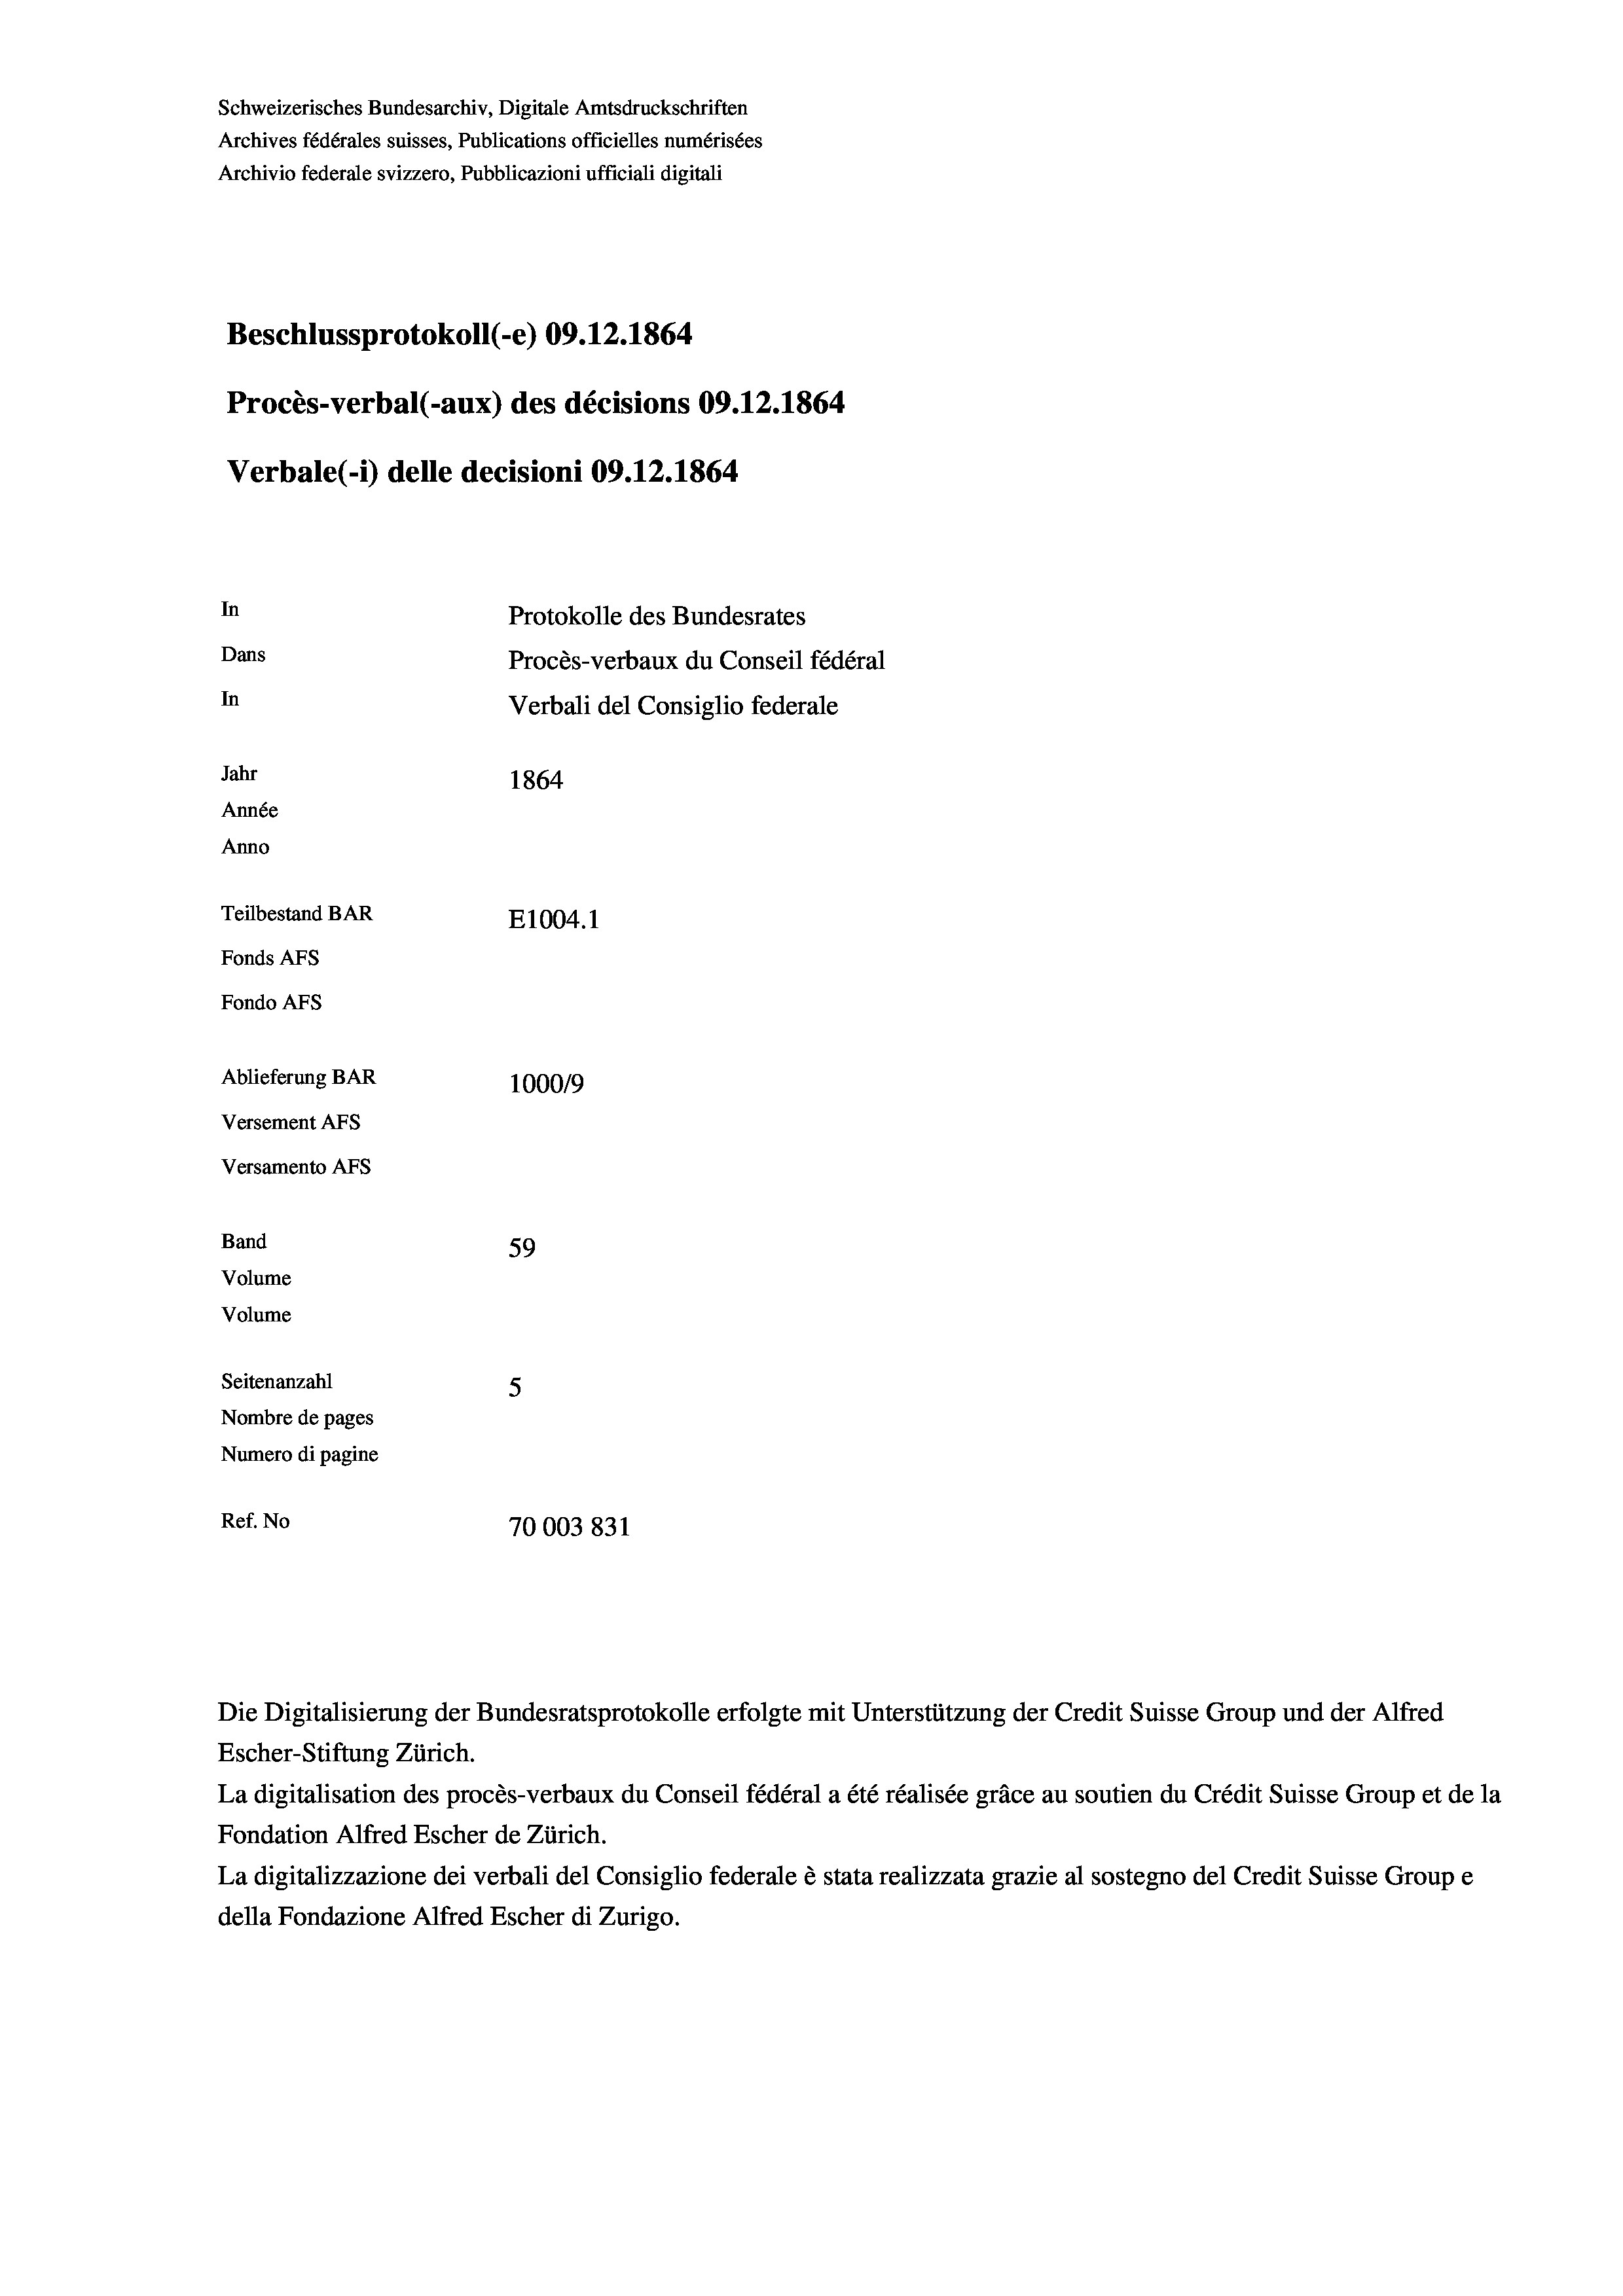
Schweizerisches Bundesarchiv, Digitale Amtsdruckschriften
Archives fédérales suisses, Publications officielles numérisées
Archivio federale svizzero, Pubblicazioni ufficiali digitali
Beschlussprotokoll (-e) 09.12.1864
Procès-verbal (-aux) des décisions 09.12.1864
Verbale (i) delle decisioni 09. 12. 1864
In
Protokolle des Bundesrates
Dans
Procès-verbaux du Conseil fédéral
In
Verbali del Consiglio federale
Jahr
1864
Année
Anno
Teilbestand BAR
E1004. 1
Fonds Afs
Fondo Afs
Ablieferung BAR
100019
Versement AFS
Versamento Afs
Band
59
Volume
Volume
Seitenanzahl
5

Nombre de pages
Numero di pagine
Ref. No
70003 831

Escher-Stiftung Zürich.
La digitalisation des procès-verbaux du Conseil fédéral a été réalisée gräce au soutien du Crédit Suisse Group et de la
Fondation Alfred Escher de Zürich.
La digitalizzazione dei verbali del Consiglio federale è stata realizzata grazie al sostegno del Credit Suisse Groupe
della Fondazione Alfred Escher di Zurigo.

Die Digitalisierung der Bundesratsprotokolle erfolgte mit Unterstützung der Credit Suisse Group und der Alfred